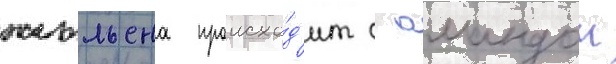
жюльена происхо́д'ит с амандои